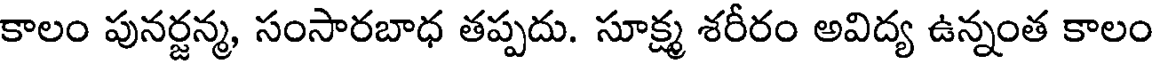
కాలం పునర్జన్మ, సంసారబాధ తప్పదు. సూక్ష్మ శరీరం అవిద్య ఉన్నంత కాలం